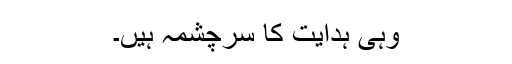
وہی ہدایت کا سرچشمہ ہیں۔